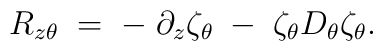
R_{z\theta}\;=\;-\;\partial_{z}\zeta_{\theta}\;-\;\zeta_{\theta}     D_{\theta}\zeta_{\theta}.